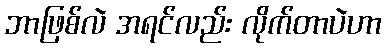
ဘာဖြစ်လဲ အရင်လည်း လိုက်တာပဲဟာ